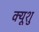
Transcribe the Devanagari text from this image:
क्यूशु